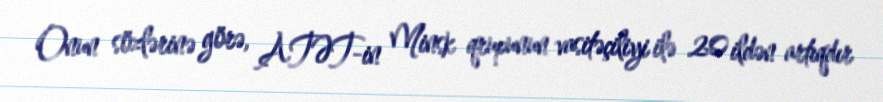
Onun sözlərinə görə, ATƏT-in Minsk qrupunun vasitəçiliyi ilə 20 ildən artıqdır